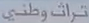
تراثوطني